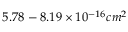
5 . 7 8 - 8 . 1 9 \times 1 0 ^ { - 1 6 } c m ^ { 2 }